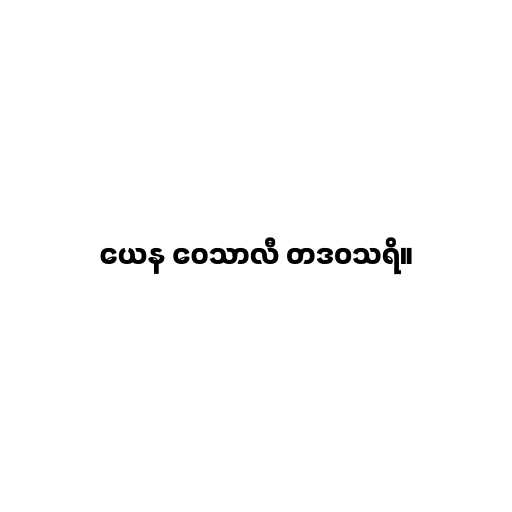
ယေန ဝေသာလီ တဒဝသရိ။